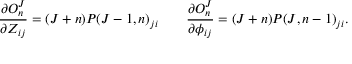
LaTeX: { \frac { \partial O _ { n } ^ { J } } { \partial Z _ { i j } } } = ( J + n ) P ( J - 1 , n ) _ { j i } \qquad { \frac { \partial O _ { n } ^ { J } } { \partial \phi _ { i j } } } = ( J + n ) P ( J , n - 1 ) _ { j i } .